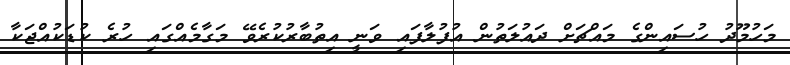
މަހުމޫދު ހުސައިންގެ މައްޗަށް ދައުލަތުން އުފުލާފައި ވަނީ އިތުބާރުކުރެވޭ މަގާމެއްގައި ހުރެ ކުޑަކުއްޖަކާ